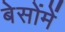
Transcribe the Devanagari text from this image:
बेसोंमें